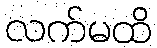
လက်မထိ